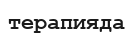
терапияда